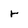
Character: r